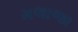
મલાજા